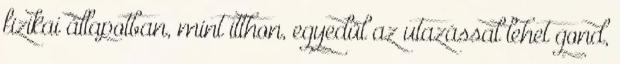
fizikai állapotban, mint itthon, egyedül az utazással lehet gond,